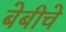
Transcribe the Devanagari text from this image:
बेबीचे